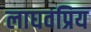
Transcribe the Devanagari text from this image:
लाघवप्रिय